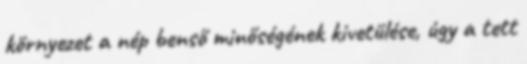
környezet a nép benső minőségének kivetülése, úgy a tett